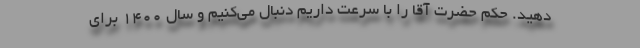
دهید. حکم حضرت آقا را با سرعت داریم دنبال می‌کنیم و سال 1400 برای